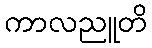
ကာလညူတိ